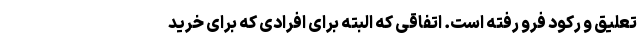
تعلیق و رکود فرو رفته است. اتفاقی که البته برای افرادی که برای خرید